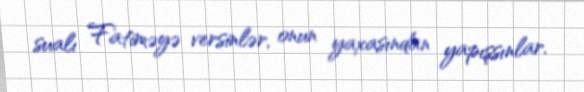
sualı Fatiməyə versinlər, onun yaxasından yapışsınlar.